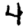
Digit: 4